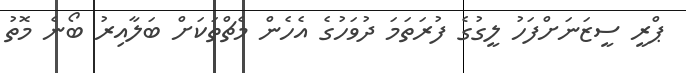
ޕްރީ ސީޒަނަށްފަހު ލީގުގެ ފުރަތަމަ ދުވަހުގެ އެހެން މެޗްތަކަށް ބަލާއިރު ބޯނެ މޮތު